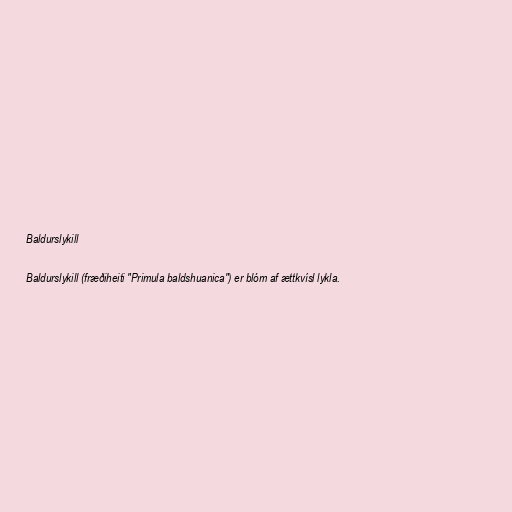
Baldurslykill

Baldurslykill (fræðiheiti "Primula baldshuanica") er blóm af ættkvísl lykla.